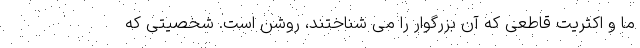
ما و اکثریت قاطعی که آن بزرگوار را می شناختند، روشن است. شخصیتی که